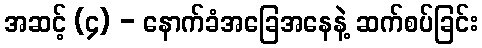
အဆင့် (၄) - နောက်ခံအခြေအနေနဲ့ ဆက်စပ်ခြင်း